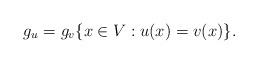
LaTeX: \begin{align*} g_u = g_v \{x \in V : u(x)=v(x)\}.\end{align*}